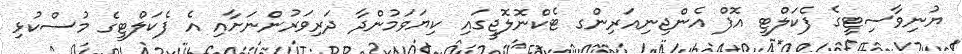
ޔުނިވާސިޓީގެ ފެކަލްޓީ އޮފް އެންޖިނިއަރިންގ ޓެކްނޮލޮޖީގައި ކިޔަވަމުންދާ ދަރިވަރުންނަށާއި އެ ފެކަލްޓީގެ މުސްކުޅި